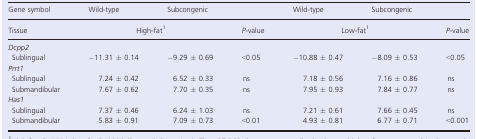
<table><thead><tr><td><b>Gene symbol</b></td><td><b>Wild-type</b></td><td><b>Subcongenic</b></td><td></td><td><b>Wild-type</b></td><td><b>Subcongenic</b></td><td></td></tr><tr><td><b>Tissue</b></td><td colspan="2"><b>High-fat1</b></td><td><b><i>P</i>-value</b></td><td colspan="2"><b>Low-fat1</b></td><td><b><i>P</i>-value</b></td></tr></thead><tbody><tr><td colspan="7"><i>Dcpp2</i></td></tr><tr><td> Sublingual</td><td>−11.31 ± 0.14</td><td>−9.29 ± 0.69</td><td>&lt;0.05</td><td>−10.88 ± 0.47</td><td>−8.09 ± 0.53</td><td>&lt;0.05</td></tr><tr><td colspan="7"><i>Prrt1</i></td></tr><tr><td> Sublingual</td><td>7.24 ± 0.42</td><td>6.52 ± 0.33</td><td>ns</td><td>7.18 ± 0.56</td><td>7.16 ± 0.86</td><td>ns</td></tr><tr><td> Submandibular</td><td>7.67 ± 0.62</td><td>7.70 ± 0.35</td><td>ns</td><td>7.95 ± 0.93</td><td>7.84 ± 0.77</td><td>ns</td></tr><tr><td colspan="7"><i>Has1</i></td></tr><tr><td> Sublingual</td><td>7.37 ± 0.46</td><td>6.24 ± 1.03</td><td>ns</td><td>7.21 ± 0.61</td><td>7.66 ± 0.45</td><td>ns</td></tr><tr><td> Submandibular</td><td>5.83 ± 0.91</td><td>7.09 ± 0.73</td><td>&lt;0.01</td><td>4.93 ± 0.81</td><td>6.77 ± 0.71</td><td>&lt;0.001</td></tr></tbody></table>